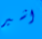
اشير